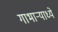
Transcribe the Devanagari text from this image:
गाभाऱ्याध्ये